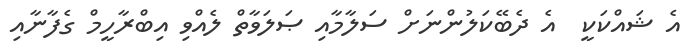
އެ ޝައްކަކީ  އެ ދެބޭކަލުންނަށް ސަލާމާއި ޞަލަވާތް ލެއްވި އިބްރާހީމް ގެފާނާއި